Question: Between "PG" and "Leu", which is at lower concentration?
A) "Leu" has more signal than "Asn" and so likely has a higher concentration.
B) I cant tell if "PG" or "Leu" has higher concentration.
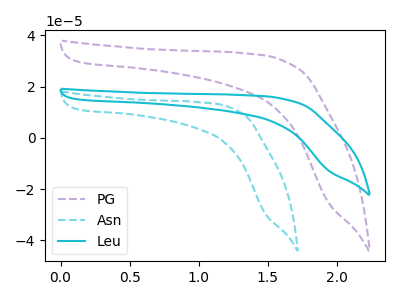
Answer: <think>The purple dashed curve "PG" has no peaks. The cyan dashed curve "Asn" has no peaks. The cyan curve "Leu" has no peaks.
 Neither "PG" or "Leu" have any peaks.</think>
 <answer>B) I cant tell if "PG" or "Leu" has higher concentration.</answer>
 <eval>B</eval>